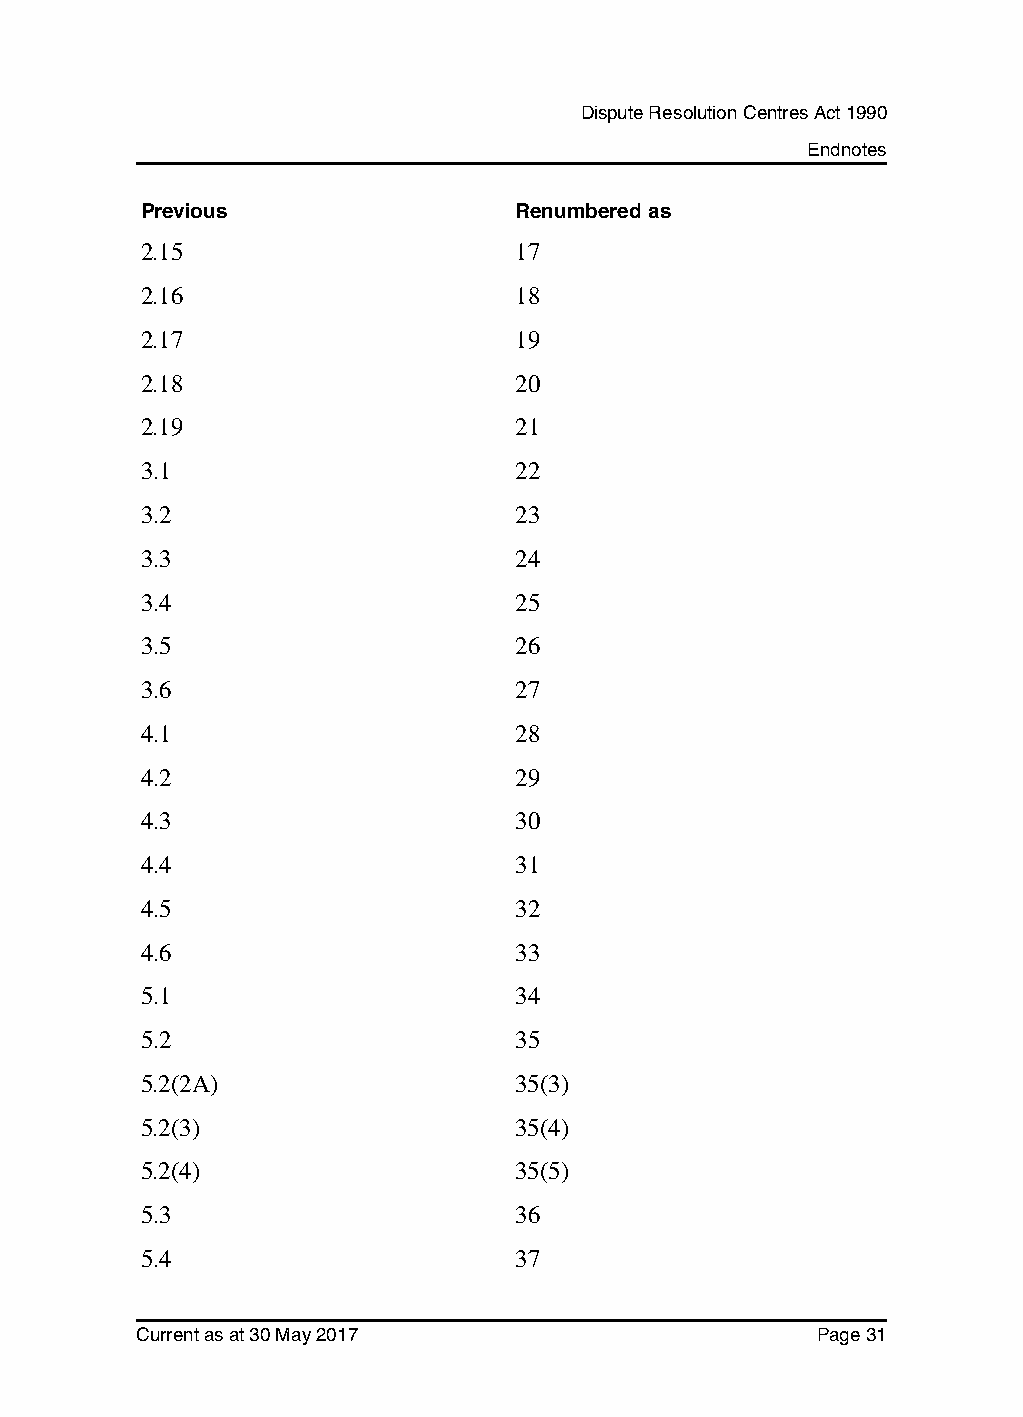
Dispute Resolution Centres Act 1990
 Endnotes
 Previous                 Renumbered as
 2.15                     17
 2.16                     18
 2.17                     19
 2.18                     20
 2.19                     21
 3.1                      22
 3.2                      23
 3.3                      24
 3.4                      25
 3.5                      26
 3.6                      27
 4.1                      28
 4.2                      29
 4.3                      30
 4.4                      31
 4.5                      32
 4.6                      33
 5.1                      34
 5.2                      35
 5.2(2A)                  35(3)
 5.2(3)                   35(4)
 5.2(4)                   35(5)
 5.3                      36
 5.4                      37
 Current as at 30 May 2017                    Page 31